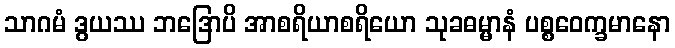
သာဂမံ ဒွယဿ ဘဒြောပိ အာစရိယာစရိယော သုခဓမ္မာနံ ပစ္စဝေက္ခမာနော